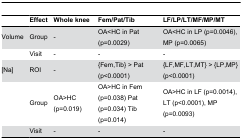
|  | Effect | Whole knee | Fem/Pat/Tib | LF/LP/LT/MF/MP/MT |
 | --- | --- | --- | --- | --- |
 | Volume | Group | - | OA<HC in Pat (p=0.0029) | OA<HC in LP (p=0.0046), MP (p=0.0065) |
 |  | Visit | - | - | - |
 | [Na] | ROI | - | {Fem,Tib} > Pat (p<0.0001) | {LF,MF,LT,MT} > {LP,MP} (p<0.0001) |
 |  | Group | OA>HC (p=0.019) | OA>HC in Fem (p=0.038) Pat (p=0.034) Tib (p=0.014) | OA>HC in LF (p=0.0014), LT (p<0.0001), MP (p=0.0093) |
 |  | Visit | - | - | - |